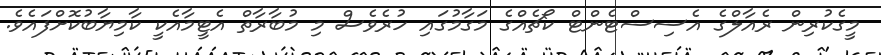
މީގެކުރިން ރެއާލްގެ އެސިސްޓެންޓް ކޯޗެއްގެ މަގާމުގައި ހުރެވެސް މި މުބާރާތް އެޓީމާއެކީ ކާމިޔާބުކޮށްފައެވެ.